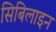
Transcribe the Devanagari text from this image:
सिबिलाइन